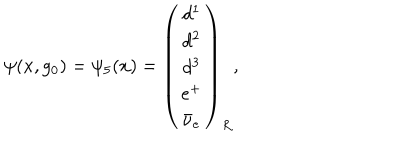
LaTeX: \psi ( x , g _ { 0 } ) = \psi _ { 5 } ( x ) = \left( \begin{array} { c } { { d ^ { 1 } } } \\ { { d ^ { 2 } } } \\ { { d ^ { 3 } } } \\ { { e ^ { + } } } \\ { { \bar { \nu } _ { e } } } \\ \end{array} \right) _ { R } ,